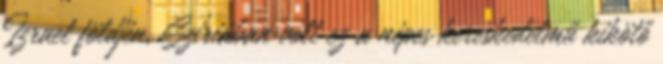
Izrael földjén, Szíriában volt ez a népes kereskedelmű kikötő